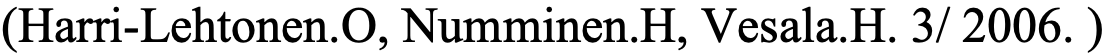
(Harri-Lehtonen.O, Numminen.H, Vesala.H. 3/ 2006. )